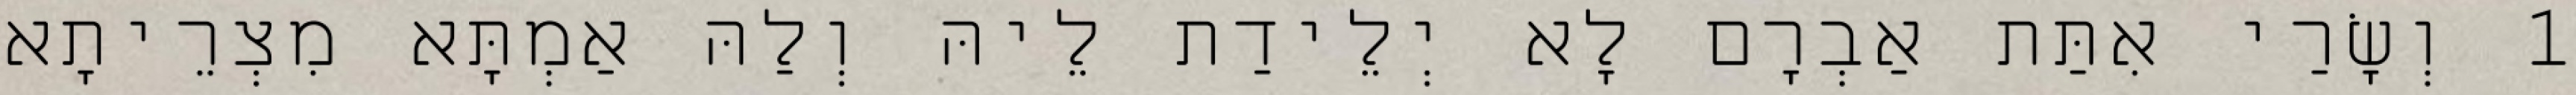
1 וְשָׂרַי אִתַּת אַבְרָם לָא יְלֵידַת לֵיהּ וְלַהּ אַמְתָּא מִצְרֵיתָא